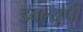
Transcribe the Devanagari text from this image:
डबल्यूपी